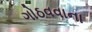
ગોઠવવાના